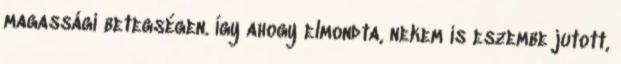
magassági betegségen. Így ahogy elmondta, nekem is eszembe jutott,